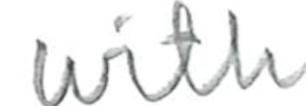
Text: with
Cross-out: clean
Writing tool: pencil